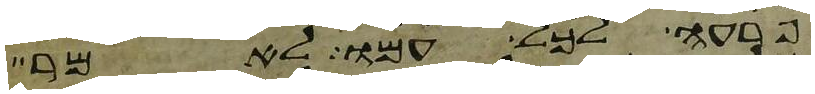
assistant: פרעה לכל עמו לאמר